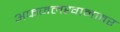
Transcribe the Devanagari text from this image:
अफजलखानावर